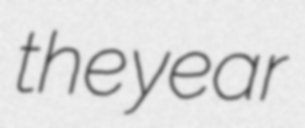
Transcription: the year